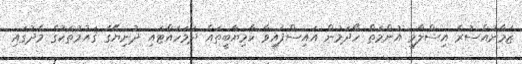
ޒަމާނުއްސުރެ އިސްލާމީ އުންމަތް ހޯދަމުން އައިސްފައިވާ ކާމިޔާބީތައް ދަމަހައްޓައި ދުނިޔޭގެ ޤައުމުތަކުގެ މެދުގައި